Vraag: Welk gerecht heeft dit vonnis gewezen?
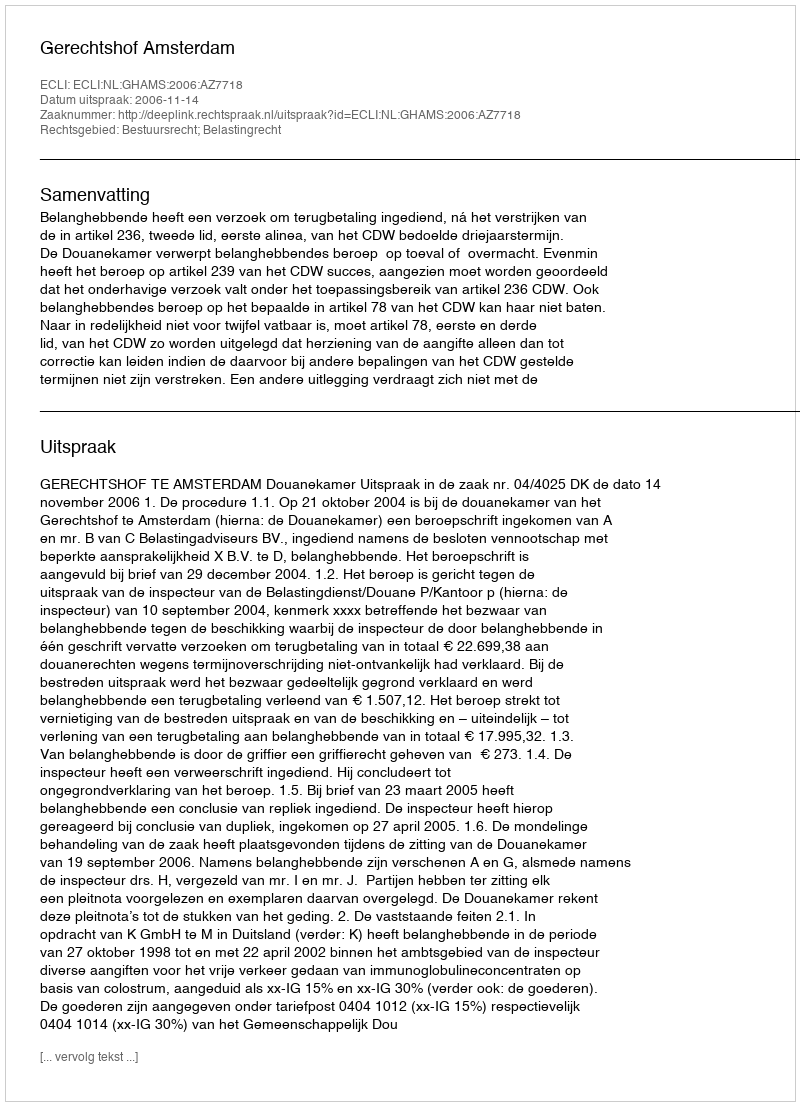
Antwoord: Gerechtshof Amsterdam